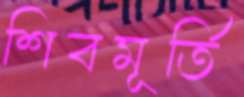
শিবমূর্তি